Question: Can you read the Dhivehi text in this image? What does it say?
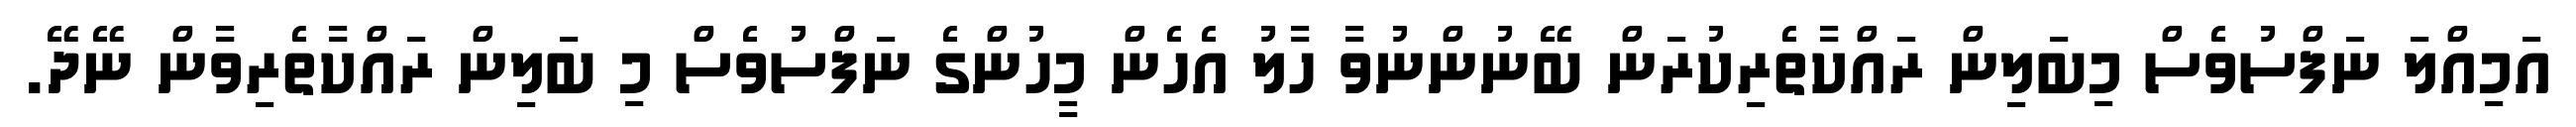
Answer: އަމިއްލަ ނަފްސުވެސް މިބަލިން ރައްކާތެރިކުރަން ބޭނުންނުވާ ހާލު އެހެން މީހުންގެ ނަފްސުވެސް މި ބަލިން ރައްކާތެރިވާން ނޭދޭ.